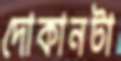
দোকানটা